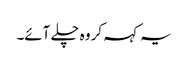
یہ کہہ کر وہ چلے آئے۔